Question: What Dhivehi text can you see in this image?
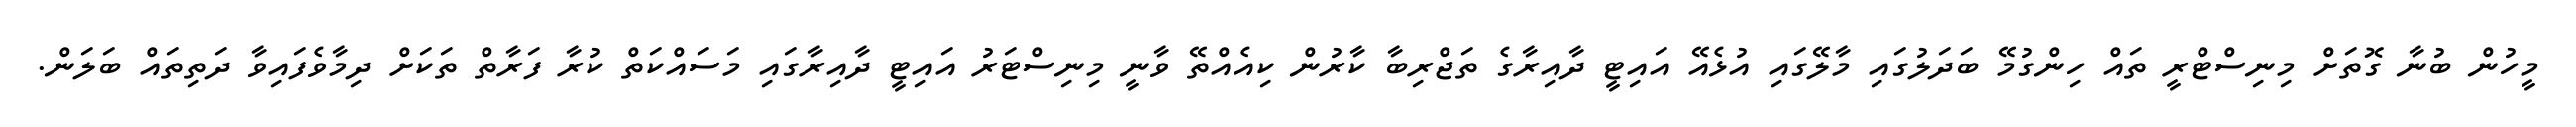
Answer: މީހުން ބުނާ ގޮތަށް މިނިސްޓްރީ ތައް ހިންގުމޭ ބަދަލުގައި މާލޭގައި އުޅެއޭ އައިޓީ ދާއިރާގެ ތަޖްރިބާ ކާރުން ކިއެއްތޭ ވާނީ މިނިސްޓަރު އައިޓީ ދާއިރާގައި މަސައްކަތް ކުރާ ފަރާތް ތަކަށް ދިމާވެފައިވާ ދަތިތައް ބަލަން.